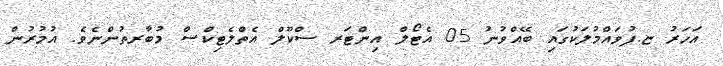
އަހަރު ޏ.ފުވައްމުލަކުގައި ބޭއްވުނު 05 އެޓޯލް އިންޓަރ ސްކޫލް އެތްލެޓިކްސް މުބާރތުންނެވެ. އުމުރުން